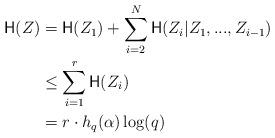
LaTeX: \begin{align*} \mathsf{H}(Z)&=\mathsf{H}(Z_1)+\sum_{i=2}^N\mathsf{H}(Z_i |Z_1,...,Z_{i-1}) \\ &\leq \sum_{i=1}^{r}\mathsf{H}(Z_i) \\ &=r \cdot h_q(\alpha)\log(q)\end{align*}